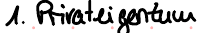
1. Privateigentum